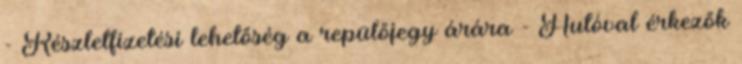
- Részletfizetési lehetőség a repülőjegy árára - Autóval érkezők